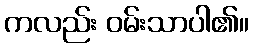
ကလည်း ဝမ်းသာပါ၏။